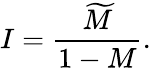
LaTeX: I={\frac{\widetilde M}{1-M}}.